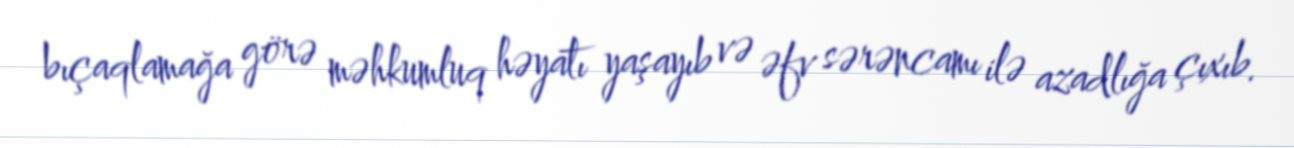
bıçaqlamağa görə məhkumluq həyatı yaşayıb və əfv sərəncamı ilə azadlığa çıxıb.